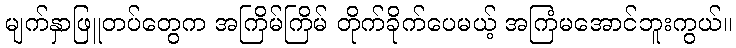
မျက်နှာဖြူတပ်တွေက အကြိမ်ကြိမ် တိုက်ခိုက်ပေမယ့် အကြံမအောင်ဘူးကွယ်။